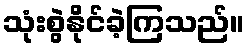
သုံးစွဲနိုင်ခဲ့ကြသည်။